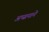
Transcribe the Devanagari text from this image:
अप्सनाने